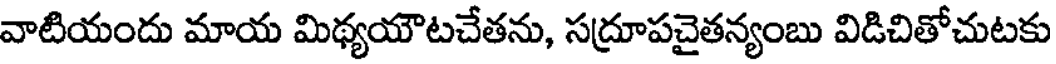
వాటియందు మాయ మిథ్యయౌటచేతను, సద్రూపచైతన్యంబు విడిచితోచుటకు